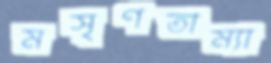
মসৃণতাম্যা